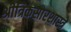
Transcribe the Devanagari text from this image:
श्रीत्रिकसारशास्त्रे